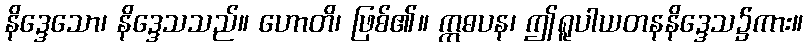
နိဒ္ဒေသော၊ နိဒ္ဒေသသည်။ ဟောတိ၊ ဖြစ်၏။ ဣဓပန၊ ဤရူပါယတနနိဒ္ဒေသ၌ကား။